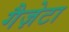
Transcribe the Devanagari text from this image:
गैज़ेटा